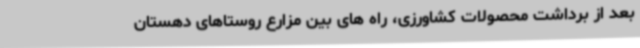
بعد از برداشت محصولات کشاورزی، راه های بین مزارع روستاهای دهستان